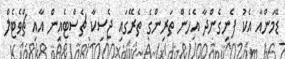
ޑޭމަންއާ އެކު ފެނިގެންދާ އެހެން ތަރިންގެ ތެރޭގައި ޖެސިކާ ޗެސްޓެއިން އާއި ޗްވެޓެލް